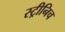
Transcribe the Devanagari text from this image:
स्ट्रीनिच